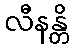
လီနန္တိ